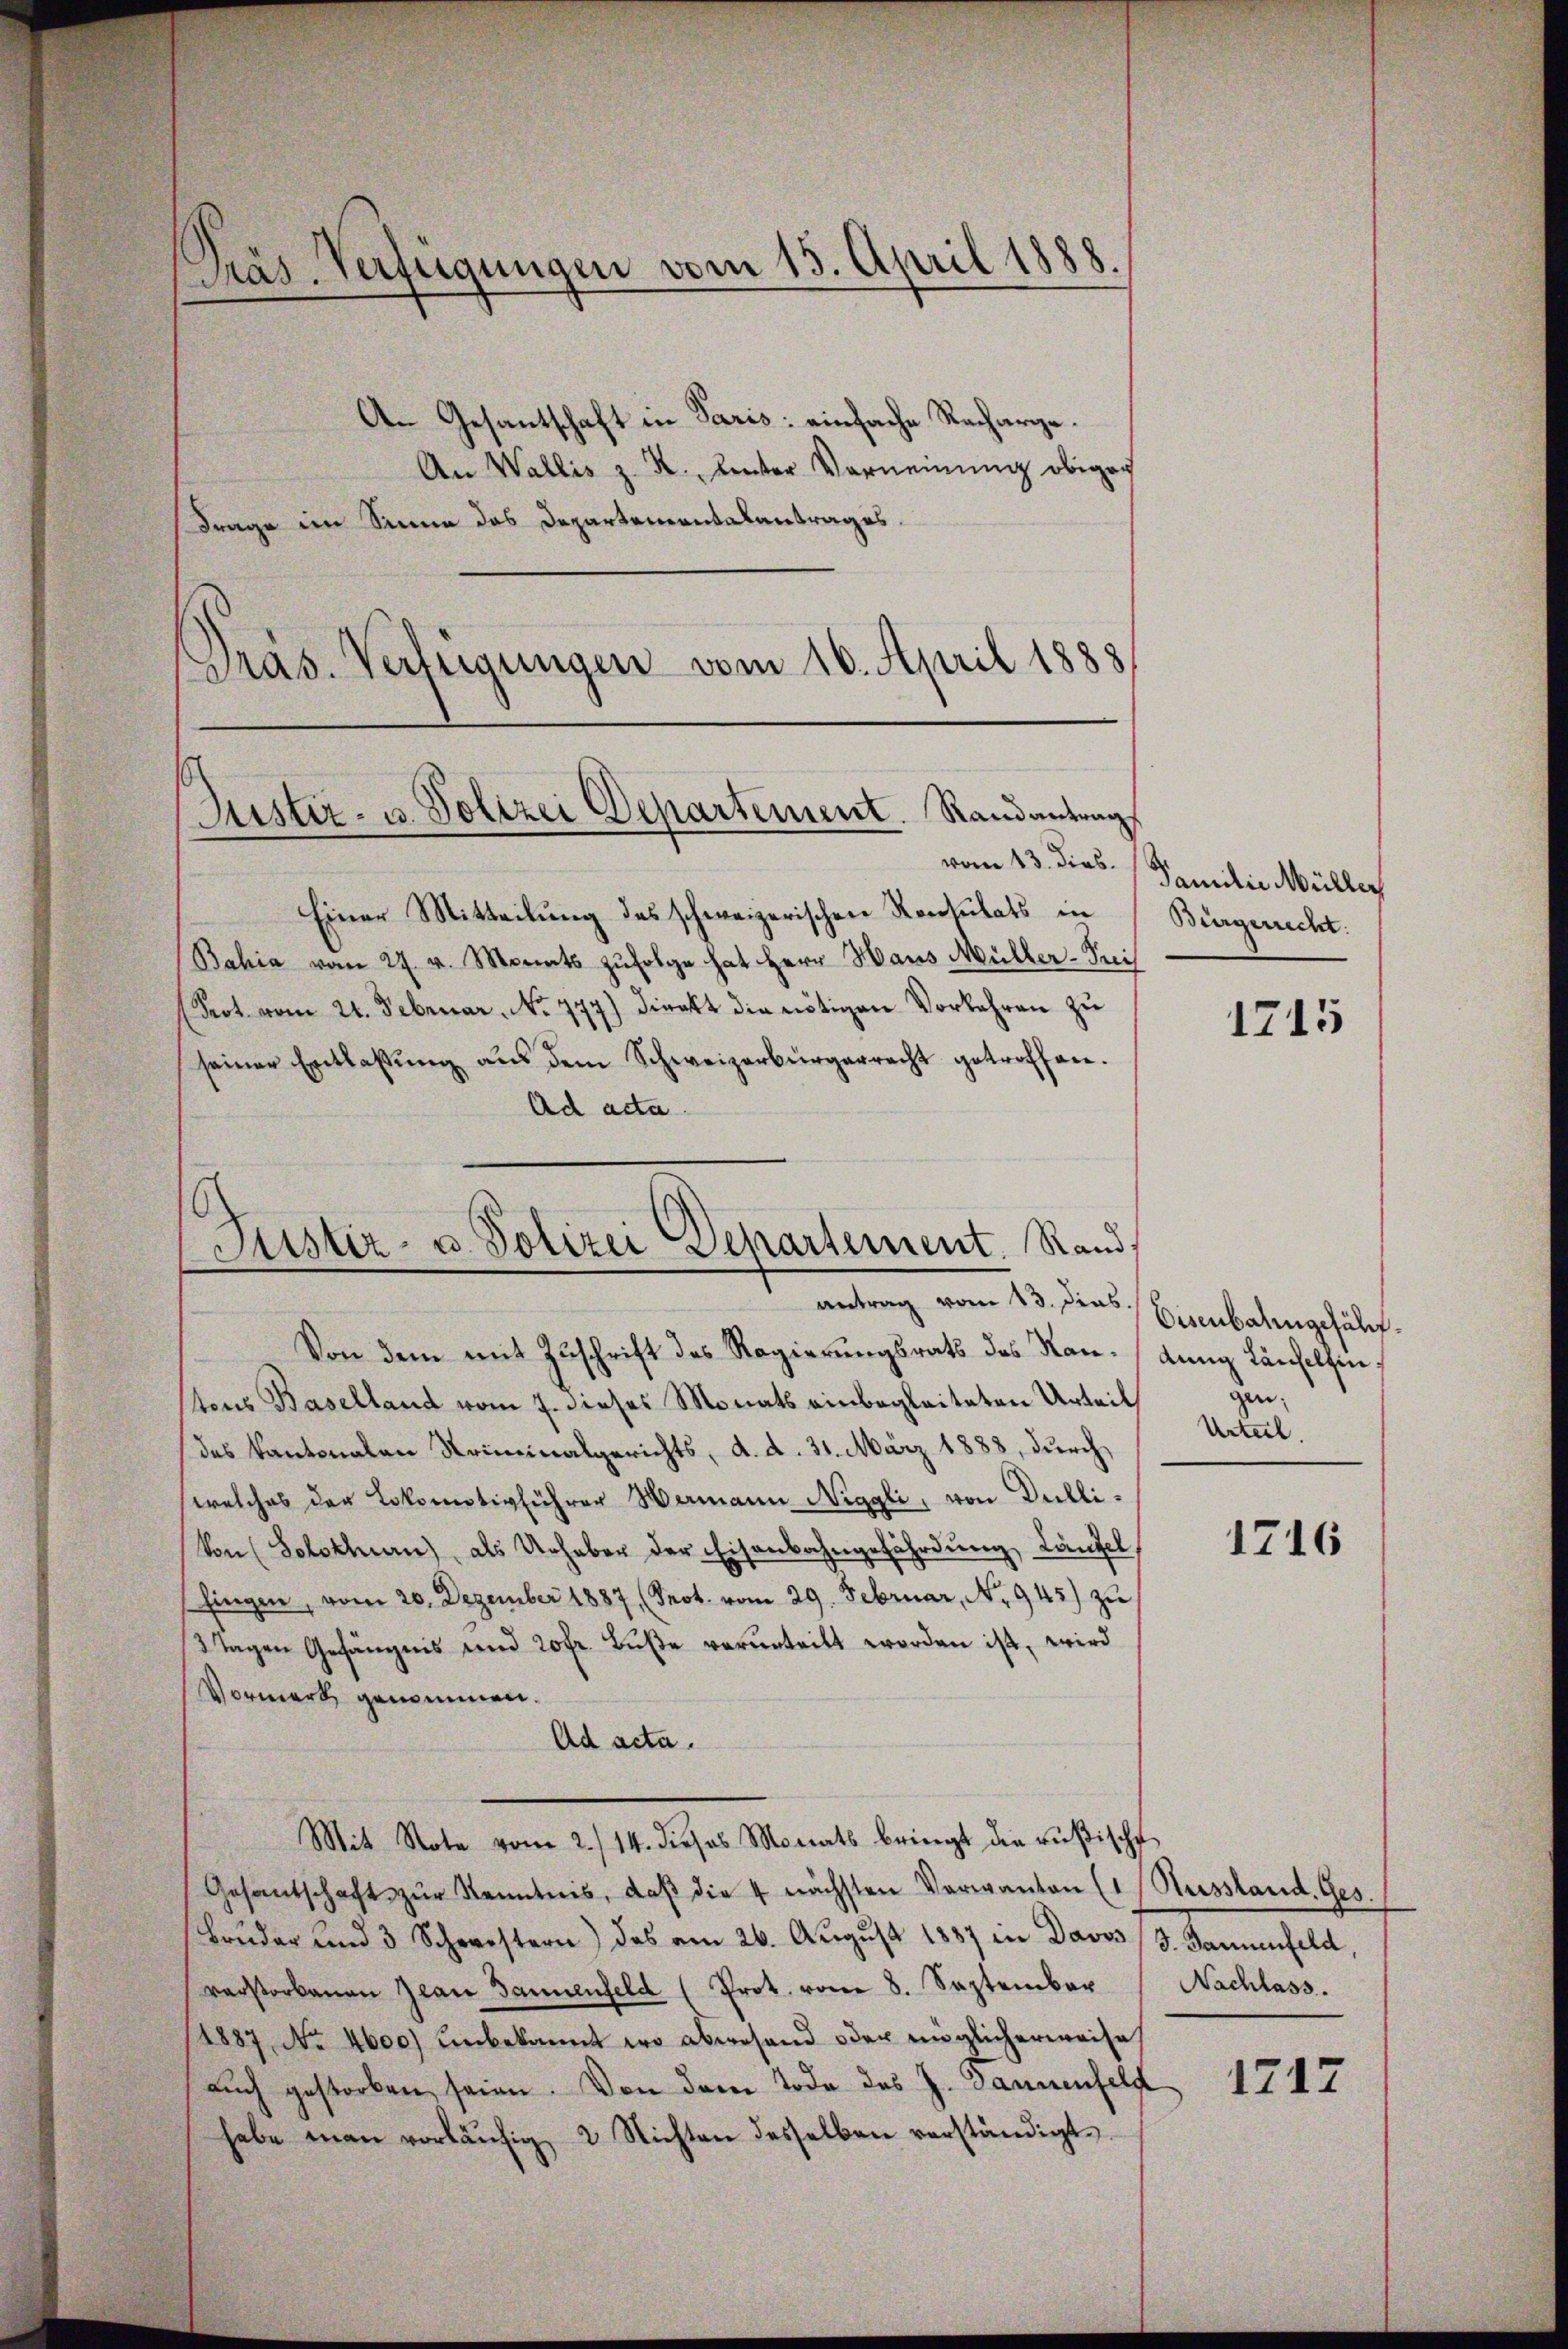
Präs. Verfügungen vom 15. April 1888.

An Gesantschaft in Paris: einfache Recharge.
An Wallis z. R., unter Verneinung obiger
Frage im Sinne das Departementalantrages.
Präs. Verfügungen vom 16. April 1888

Justiz- u. Polizei Departement. Randantrag

vom 13. dies
Einer Mitteilung des schweizerischen Konsulats in
Bahia vom 27. v. Monats zufolge hat Herr Haus Müller-Frei
Prot vom 24. Februar. No 777.) Direkt die nötigen Vorkehren zu
seiner Entlassŭng aus dem Schweizerbürgerrecht getroffen.
Ad acta.
Von dem mit Zuschrift des Regierungsrats des Raustons Baselland vom 7. dieses Monats einbegleiteten Urteil
das Kantonalen Striminalgerichts, d. d. 31. März 1888, durch
welches der Lokomotivführer Wermann Niggli, von Dulli¬
Von Solothurn, als Urheber der Eisenbahngefährdŭng, Läufel
fingen, vom 20. Dezember 1887, (Prot. vom 29. Februar, No. 945) zŭ
3 Tagen Gefängnis und 20fr. Buße verurteilt worden ist, wird
Vormerk genommen.
Ad acta.
Mit Note vom 2./14. dieses Monats bringt die rüβische
Gesantschaft zŭr Kenntnis, daβ die 4 nächsten Verwanten (1 Russland. Ges.
Brŭder und 3 Schwestern) das am 26. Aŭgŭst 1887 in Davos J. Jannenfeld,
verstorbenen Zwar dannenfeld (Prot. vom 8. September
1887, No 4600) unbekannt wo abwesend oder möglicherweise
aŭch gestorben seien. Von dem Tode des J. Dannenfeld
habe man vorläŭfig 2 Nichten desselben verständigt.

Justiz- u. Polizei Departement. Rand
antrag vom 13. dies

Familie Müller
Bürgerrecht.

1715

Eisenbahngeführt.
dung Landelfingen;
Urteil.

1716

Nachlass.

1217